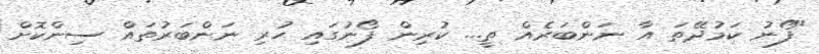
"ފޯނު ކަމުދޭތަ އާ ނަންބަރެއް ތީ... ކުރިން ފޯނުގައި ހުރި ނަންބަރުތައް ސިންކޮށް